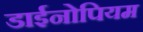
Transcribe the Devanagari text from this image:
डाईनोपियम